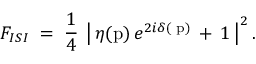
F _ { I S I } \; = \; \frac { 1 } { 4 } \: \left| \, \eta ( \mathrm { p } ) \, e ^ { 2 i \delta ( \mathrm { \scriptsize ~ p } ) } \, + \, 1 \: \right| ^ { 2 } .